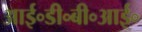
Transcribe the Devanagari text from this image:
आई॰डी॰बी॰आई॰